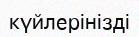
күйлерінізді